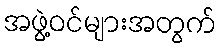
အဖွဲ့ဝင်များအတွက်